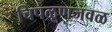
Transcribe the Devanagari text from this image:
चिपळूणजवळ